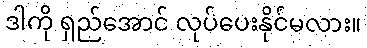
ဒါကို ရှည်အောင် လုပ်ပေးနိုင်မလား။